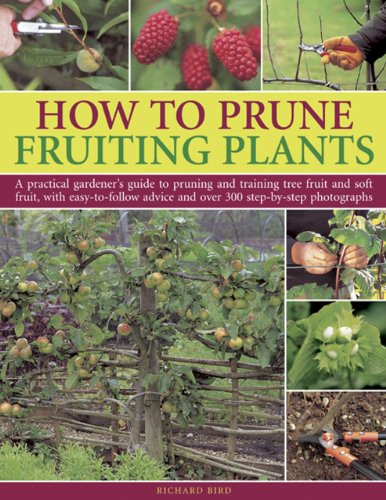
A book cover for How to Prune Fruiting Plants: A Practical Gardener's Guide to Pruning and Training Tree Fruit and Soft Fruit, with Easy-to-Follow Advice and Over 300 Step-by-Step Photographs; Richard Bird; Crafts, Hobbies & Home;